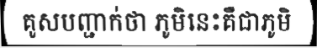
គូសបញ្ជាក់ថា ភូមិនេះគឺជាភូមិ